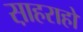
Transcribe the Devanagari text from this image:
स़ाहराहों